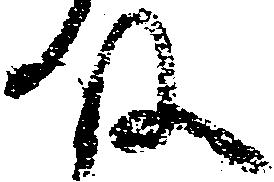
殿